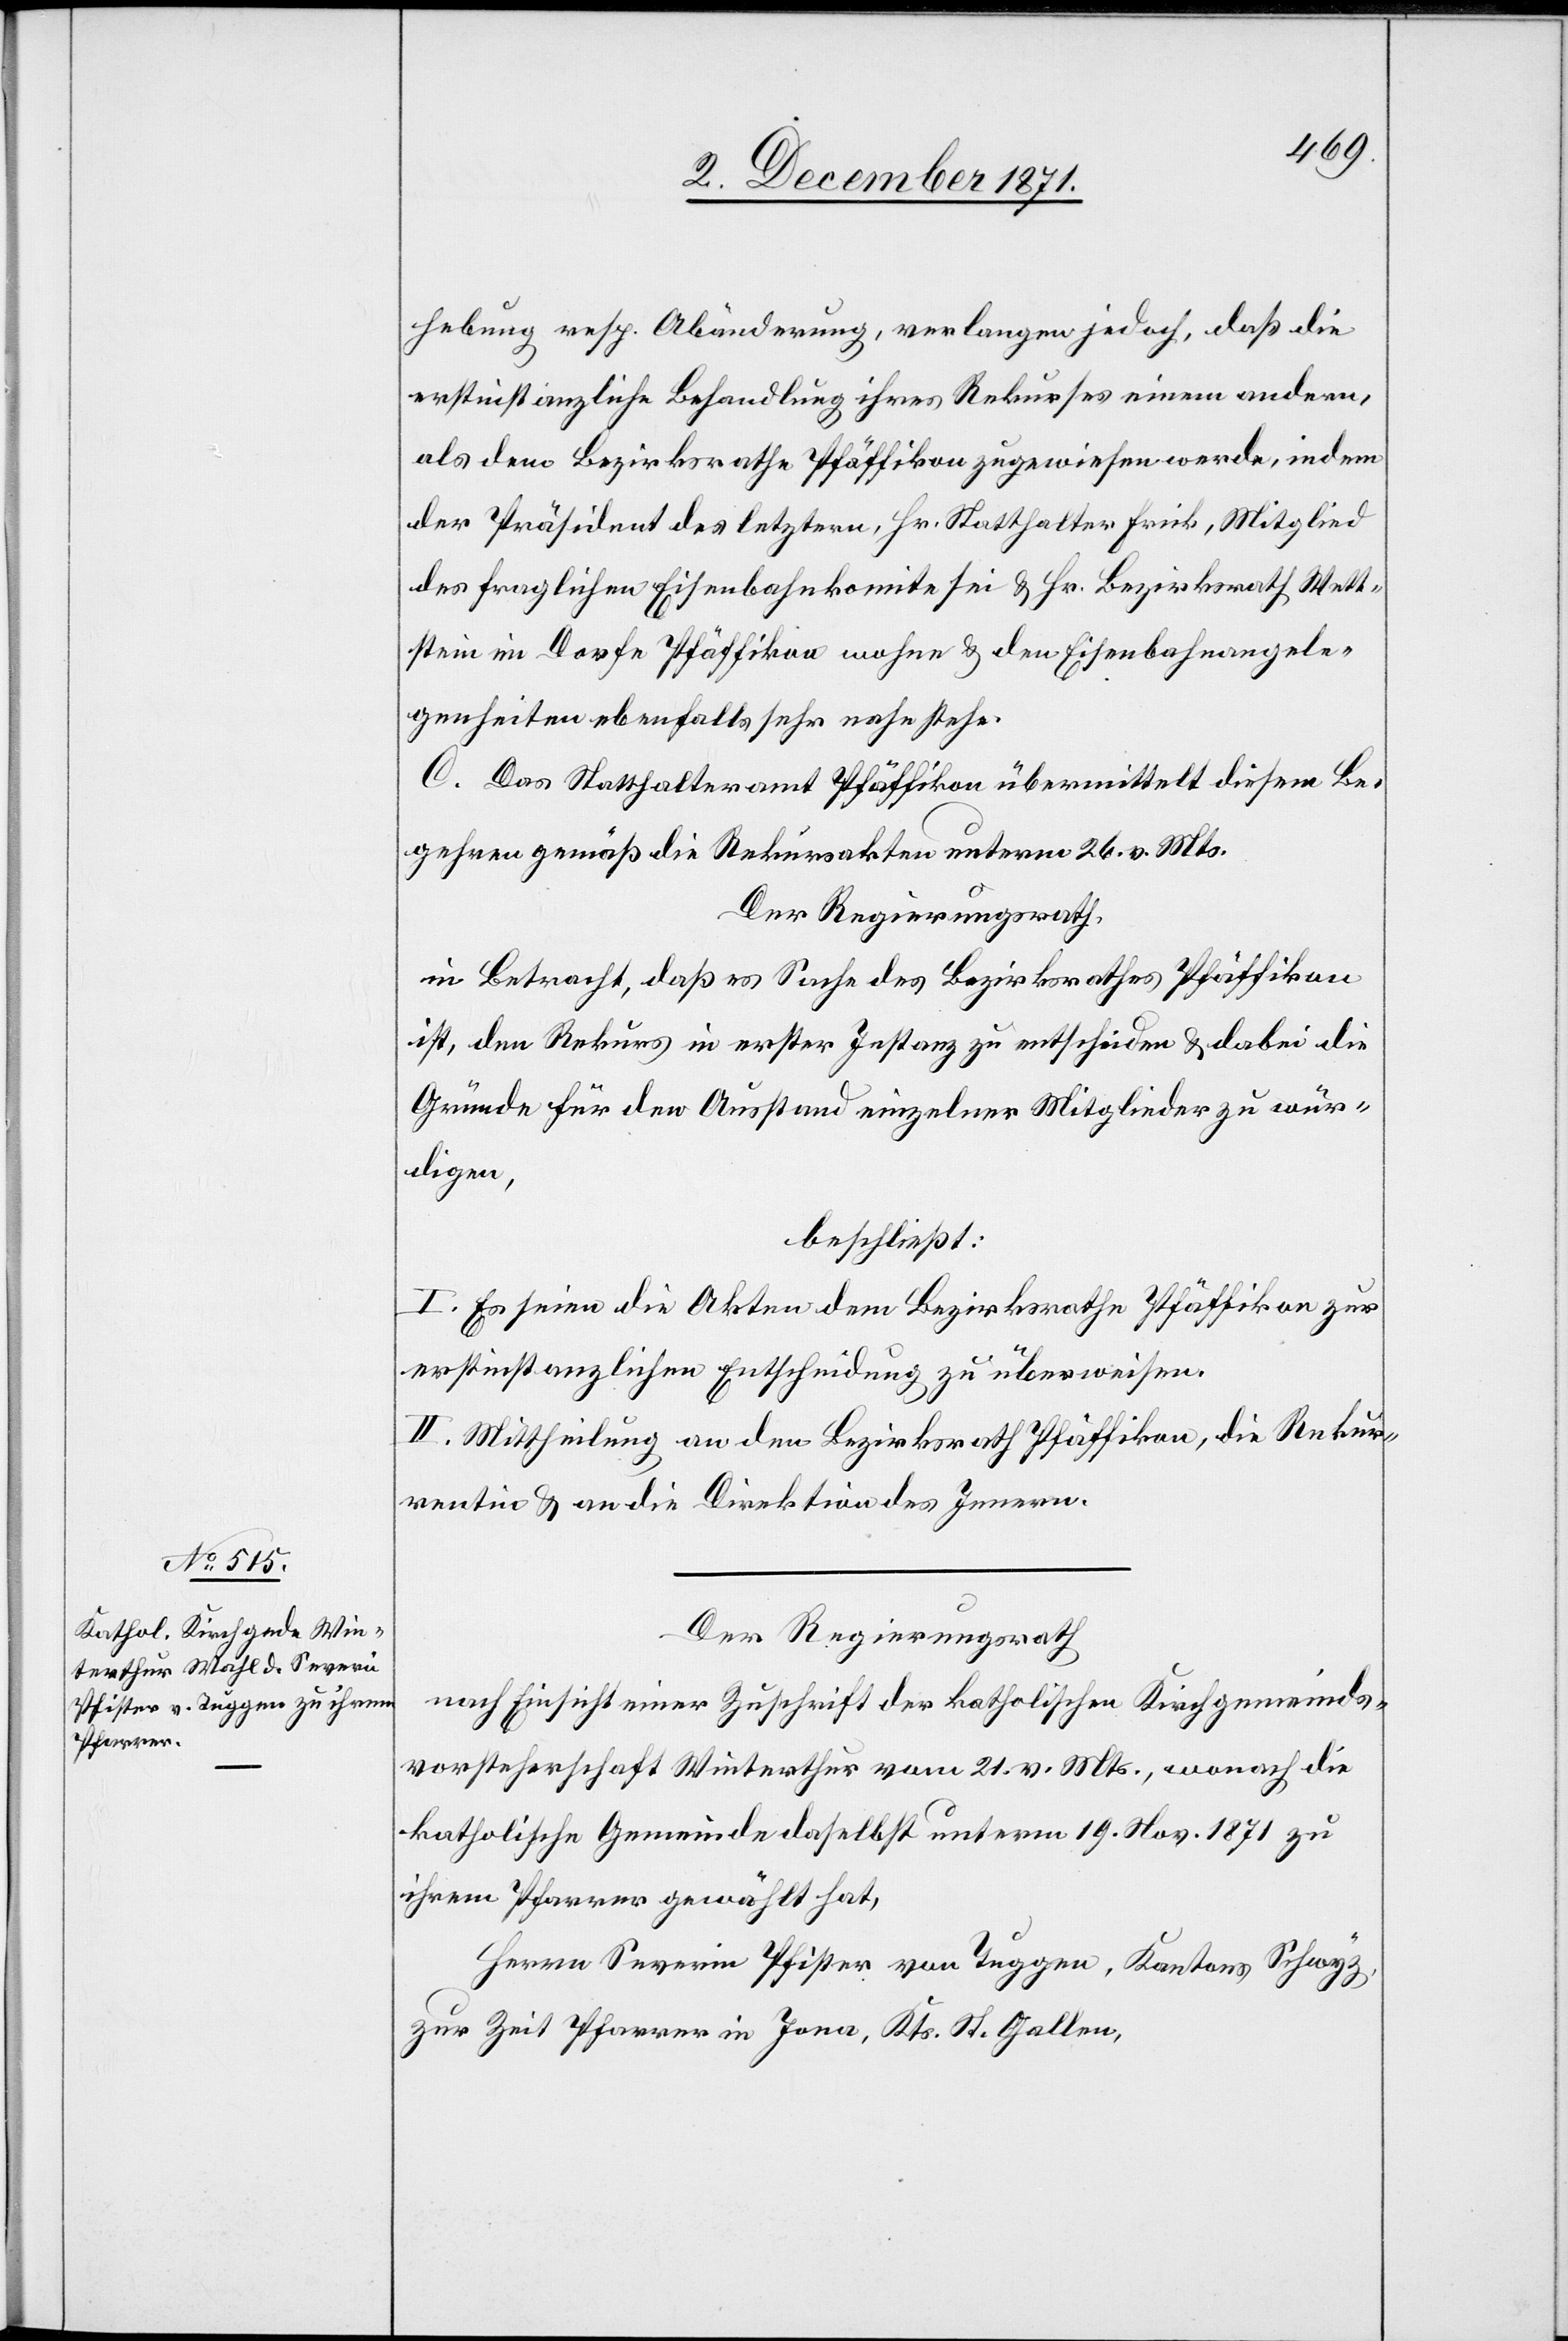
hebung resp. Abänderung, verlangen jedoch, daß die
erstinstanzliche Behandlung ihres Rekurses einem andern,
als dem Bezirksrathe Pfäffikon zugewiesen werde, indem
der Präsident des letztern, Hr. Statthalter Frick, Mitglied
des fraglichen Eisenbahnkomite sei & Hr. Bezirksrath Wett¬
stein im Dorfe Pfäffikon wohne & den Eisenbahnangele¬
genheiten ebenfalls sehr nahe stehe.
C. Das Statthalteramt Pfäffikon übermittelt diesem Be¬
gehren gemäß die Rekursakten unterm 26. v. Mts.
Der Regierungsrath,
in Betracht, daß es Sache des Bezirksrathes Pfäffikon
ist, den Rekurs in erster Instanz zu entscheiden & dabei die
Gründe für den Ausstand einzelner Mitglieder zu wür¬
digen,
beschließt:
I. Es seien die Akten dem Bezirksrathe Pfäffikon zur
erstinstanzlichen Entscheidung zu überweisen.
II. Mittheilung an den Bezirksrath Pfäffikon, die Rekur¬
rentin & an die Direktion des Innern.
Der Regierungsrath
nach Einsicht einer Zuschrift der katholischen Kirchgemeinds¬
vorsteherschaft Winterthur vom 21. v. Mts., wonach die
katholische Gemeinde daselbst unterm 19. Nov. 1871 zu
ihrem Pfarrer gewählt hat,
Herrn Severin Pfister von Tuggen, Kantons Schwyz,
zur Zeit Pfarrer in Jona, Kts. St. Gallen,